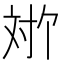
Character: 𫴬